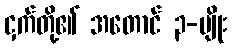
ငှက်တို့၏ အတောင် ၃-မျိုး